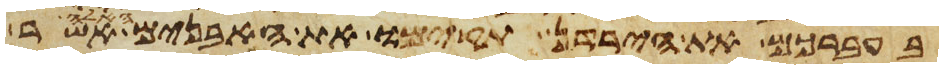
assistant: בעברכם את הירדן תקימו את האבנים